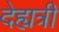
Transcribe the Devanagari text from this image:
देह्यत्री